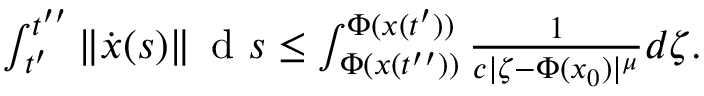
\begin{array} { r } { \int _ { t ^ { \prime } } ^ { t ^ { \prime \prime } } \| \dot { { \boldsymbol x } } ( s ) \| \, \mathrm { ~ d ~ } s \leq \int _ { \Phi ( { \boldsymbol x } ( t ^ { \prime \prime } ) ) } ^ { \Phi ( { \boldsymbol x } ( t ^ { \prime } ) ) } \frac { 1 } { c | \zeta - \Phi ( { \boldsymbol x } _ { 0 } ) | ^ { \mu } } d \zeta . } \end{array}